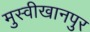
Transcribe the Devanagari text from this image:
मुस्वीखानपुर